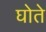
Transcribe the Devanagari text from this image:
घोते